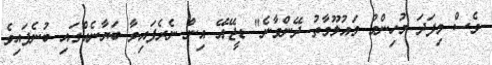
ވެސް މިފަދަ މުހިންމު މައުލޫމާތު ދޭންވާނެ" ޑީޖޭއޭ އިން ނެރެފައިވާ ބަޔާނެއްގައި ބުނެފައިވެ